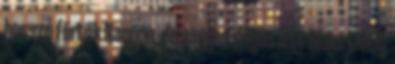
hosszú fürtök Nagyon, de nagyon dögös lett Blake Lively